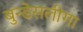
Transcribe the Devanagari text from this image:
बुन्डेसलीगा